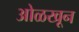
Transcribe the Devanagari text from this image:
अोळखून